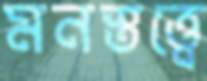
মনস্তত্ত্বে